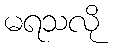
မရသလို